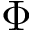
\Phi